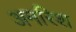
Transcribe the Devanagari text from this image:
अमरिश